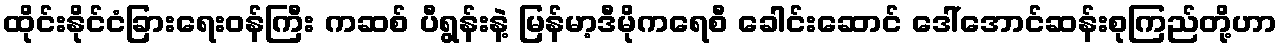
ထိုင်းနိုင်ငံခြားရေးဝန်ကြီး ကဆစ် ပီရွန်းနဲ့ မြန်မာ့ဒီမိုကရေစီ ခေါင်းဆောင် ဒေါ်အောင်ဆန်းစုကြည်တို့ဟာ